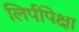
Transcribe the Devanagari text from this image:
लिपींपेक्षा